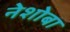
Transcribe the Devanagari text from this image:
नेशोबा